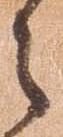
之